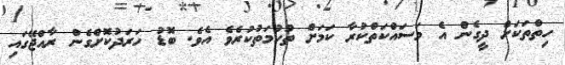
ހިތްތަކަށް ދީގެން އެ މަސައްކަތްކުރާ ކަމަށް ތުހުމަތުކުރެވެ އެވެ. ބޮޑު ހަރަދުކޮށްގެން ރާއްޖޭގައި